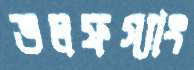
ভলফগ্যাং